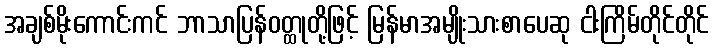
အချစ်မိုးကောင်းကင် ဘာသာပြန်ဝတ္ထုတို့ဖြင့် မြန်မာအမျိုးသားစာပေဆု ငါးကြိမ်တိုင်တိုင်